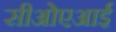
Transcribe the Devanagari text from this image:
सीओएआई